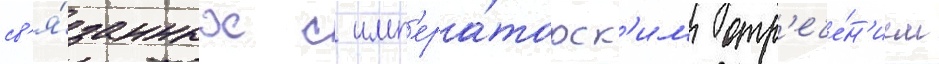
св'я́занных с имп'ера́торск'им отр'ече́н'ием